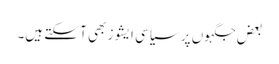
بعض جگہوں پر سیاسی ایشوز بھی آ سکتے ہیں۔